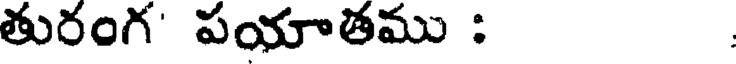
తురంగ' పయాతము :